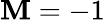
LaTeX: \mathbf{M}=-1